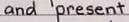
and present